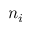
n _ { i }